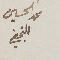
محمد الحسين النجفي